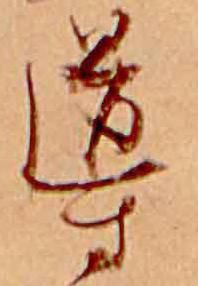
導